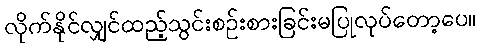
လိုက်နိုင်လျှင်ထည့်သွင်းစဉ်းစားခြင်းမပြုလုပ်တော့ပေ။